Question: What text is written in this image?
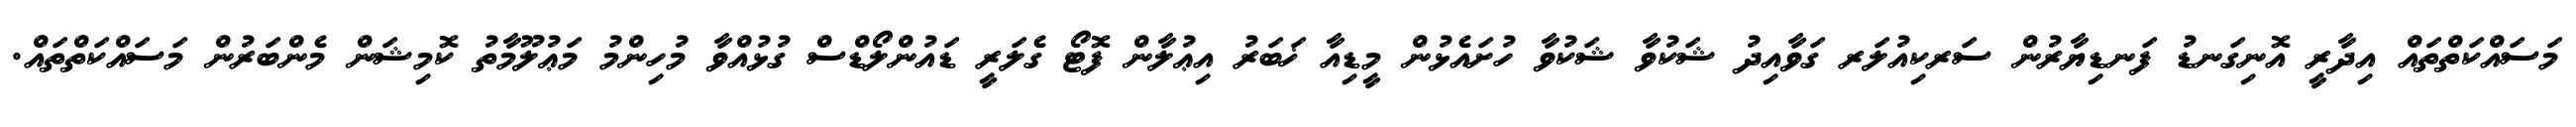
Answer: މަސައްކަތްތައް އިދާރީ އޮނިގަނޑު ފަނޑިޔާރުން ސަރކިއުލަރ ގަވާއިދު ޝަކުވާ ޝަކުވާ ހުށައެޅުން މީޑިއާ ޚަބަރު އިޢުލާން ފޮޓޯ ގެލަރީ ޑައުންލޯޑްސް ގުޅުއްވާ މުހިންމު މަޢުލޫމާތު ކޮމިޝަން މެންބަރުން މަސައްކަތްތައް.